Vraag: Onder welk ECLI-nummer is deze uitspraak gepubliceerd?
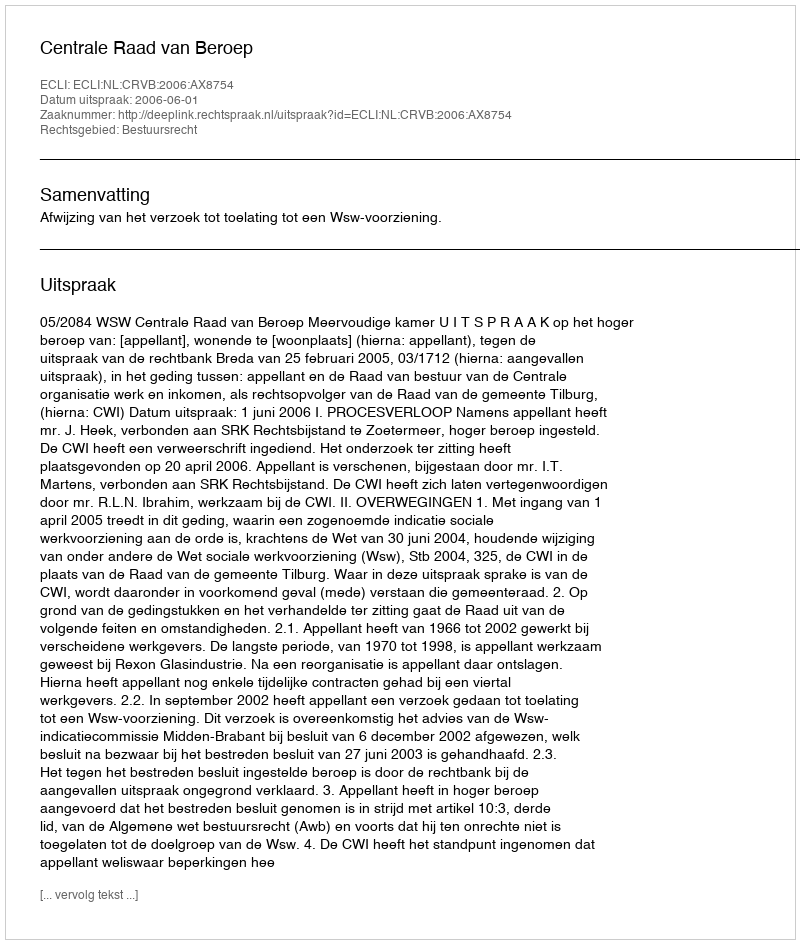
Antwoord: ECLI:NL:CRVB:2006:AX8754